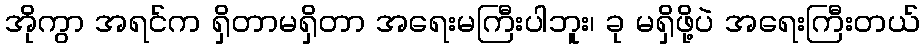
အိုကွာ အရင်က ရှိတာမရှိတာ အရေးမကြီးပါဘူး၊ ခု မရှိဖို့ပဲ အရေးကြီးတယ်